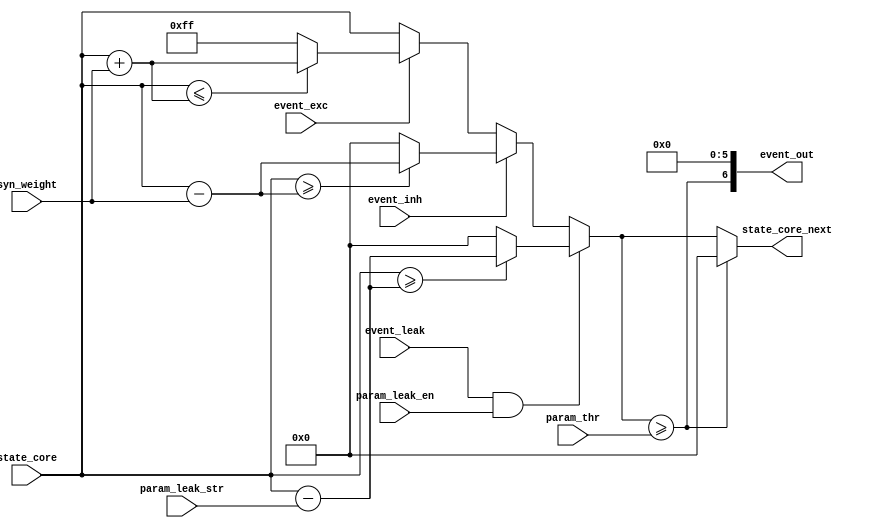
module lif_neuron_state ( 
    input  wire [          6:0] param_leak_str,         // leakage strength parameter
    input  wire                 param_leak_en,          // leakage enable parameter
    input  wire [          7:0] param_thr,              // neuron firing threshold parameter
    input  wire [          7:0] state_core,             // membrane potential state from SRAM 
    input  wire                 event_leak,             // leakage type event
    input  wire                 event_inh,              // excitatory type event
    input  wire                 event_exc,              // inhibitory type event
    input  wire [          2:0] syn_weight,             // synaptic weight
    output wire [          7:0] state_core_next,        // next membrane potential state to SRAM 
    output wire [          6:0] event_out               // neuron spike event output  
);


    reg  [7:0] state_core_next_i;
    wire [7:0] state_leak, state_inh, state_exc;
    wire       spike_out;

    assign spike_out       = (state_core_next_i >= param_thr);
    assign event_out       = {spike_out, 3'b000, 3'b0};
    assign state_core_next =  spike_out ? 8'd0 : state_core_next_i;

    always @(*) begin 

            if (event_leak && param_leak_en)
                if (state_core >= state_leak)
                    state_core_next_i = state_leak;
                else
                    state_core_next_i = 8'b0;
            else if (event_inh)
                if (state_core >= state_inh)
                    state_core_next_i = state_inh;
                else
                    state_core_next_i = 8'b0;
            else if (event_exc)
                if (state_core <= state_exc)
                    state_core_next_i = state_exc;
                else
                    state_core_next_i = 8'hFF;
            else 
                state_core_next_i = state_core;
    end

    assign state_leak = (state_core - {1'b0,param_leak_str});
    assign state_inh  = (state_core - {5'b0,syn_weight});
    assign state_exc  = (state_core + {5'b0,syn_weight});

endmodule